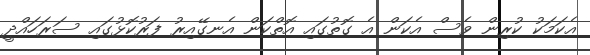
އެކަމަކު ކުރިން ވެސް އެކަން އެ ގޮތުގައި އޮތްކަން އެނގޭއިރު ފަރުކޮޅުގައި ސަރަހައްދީ